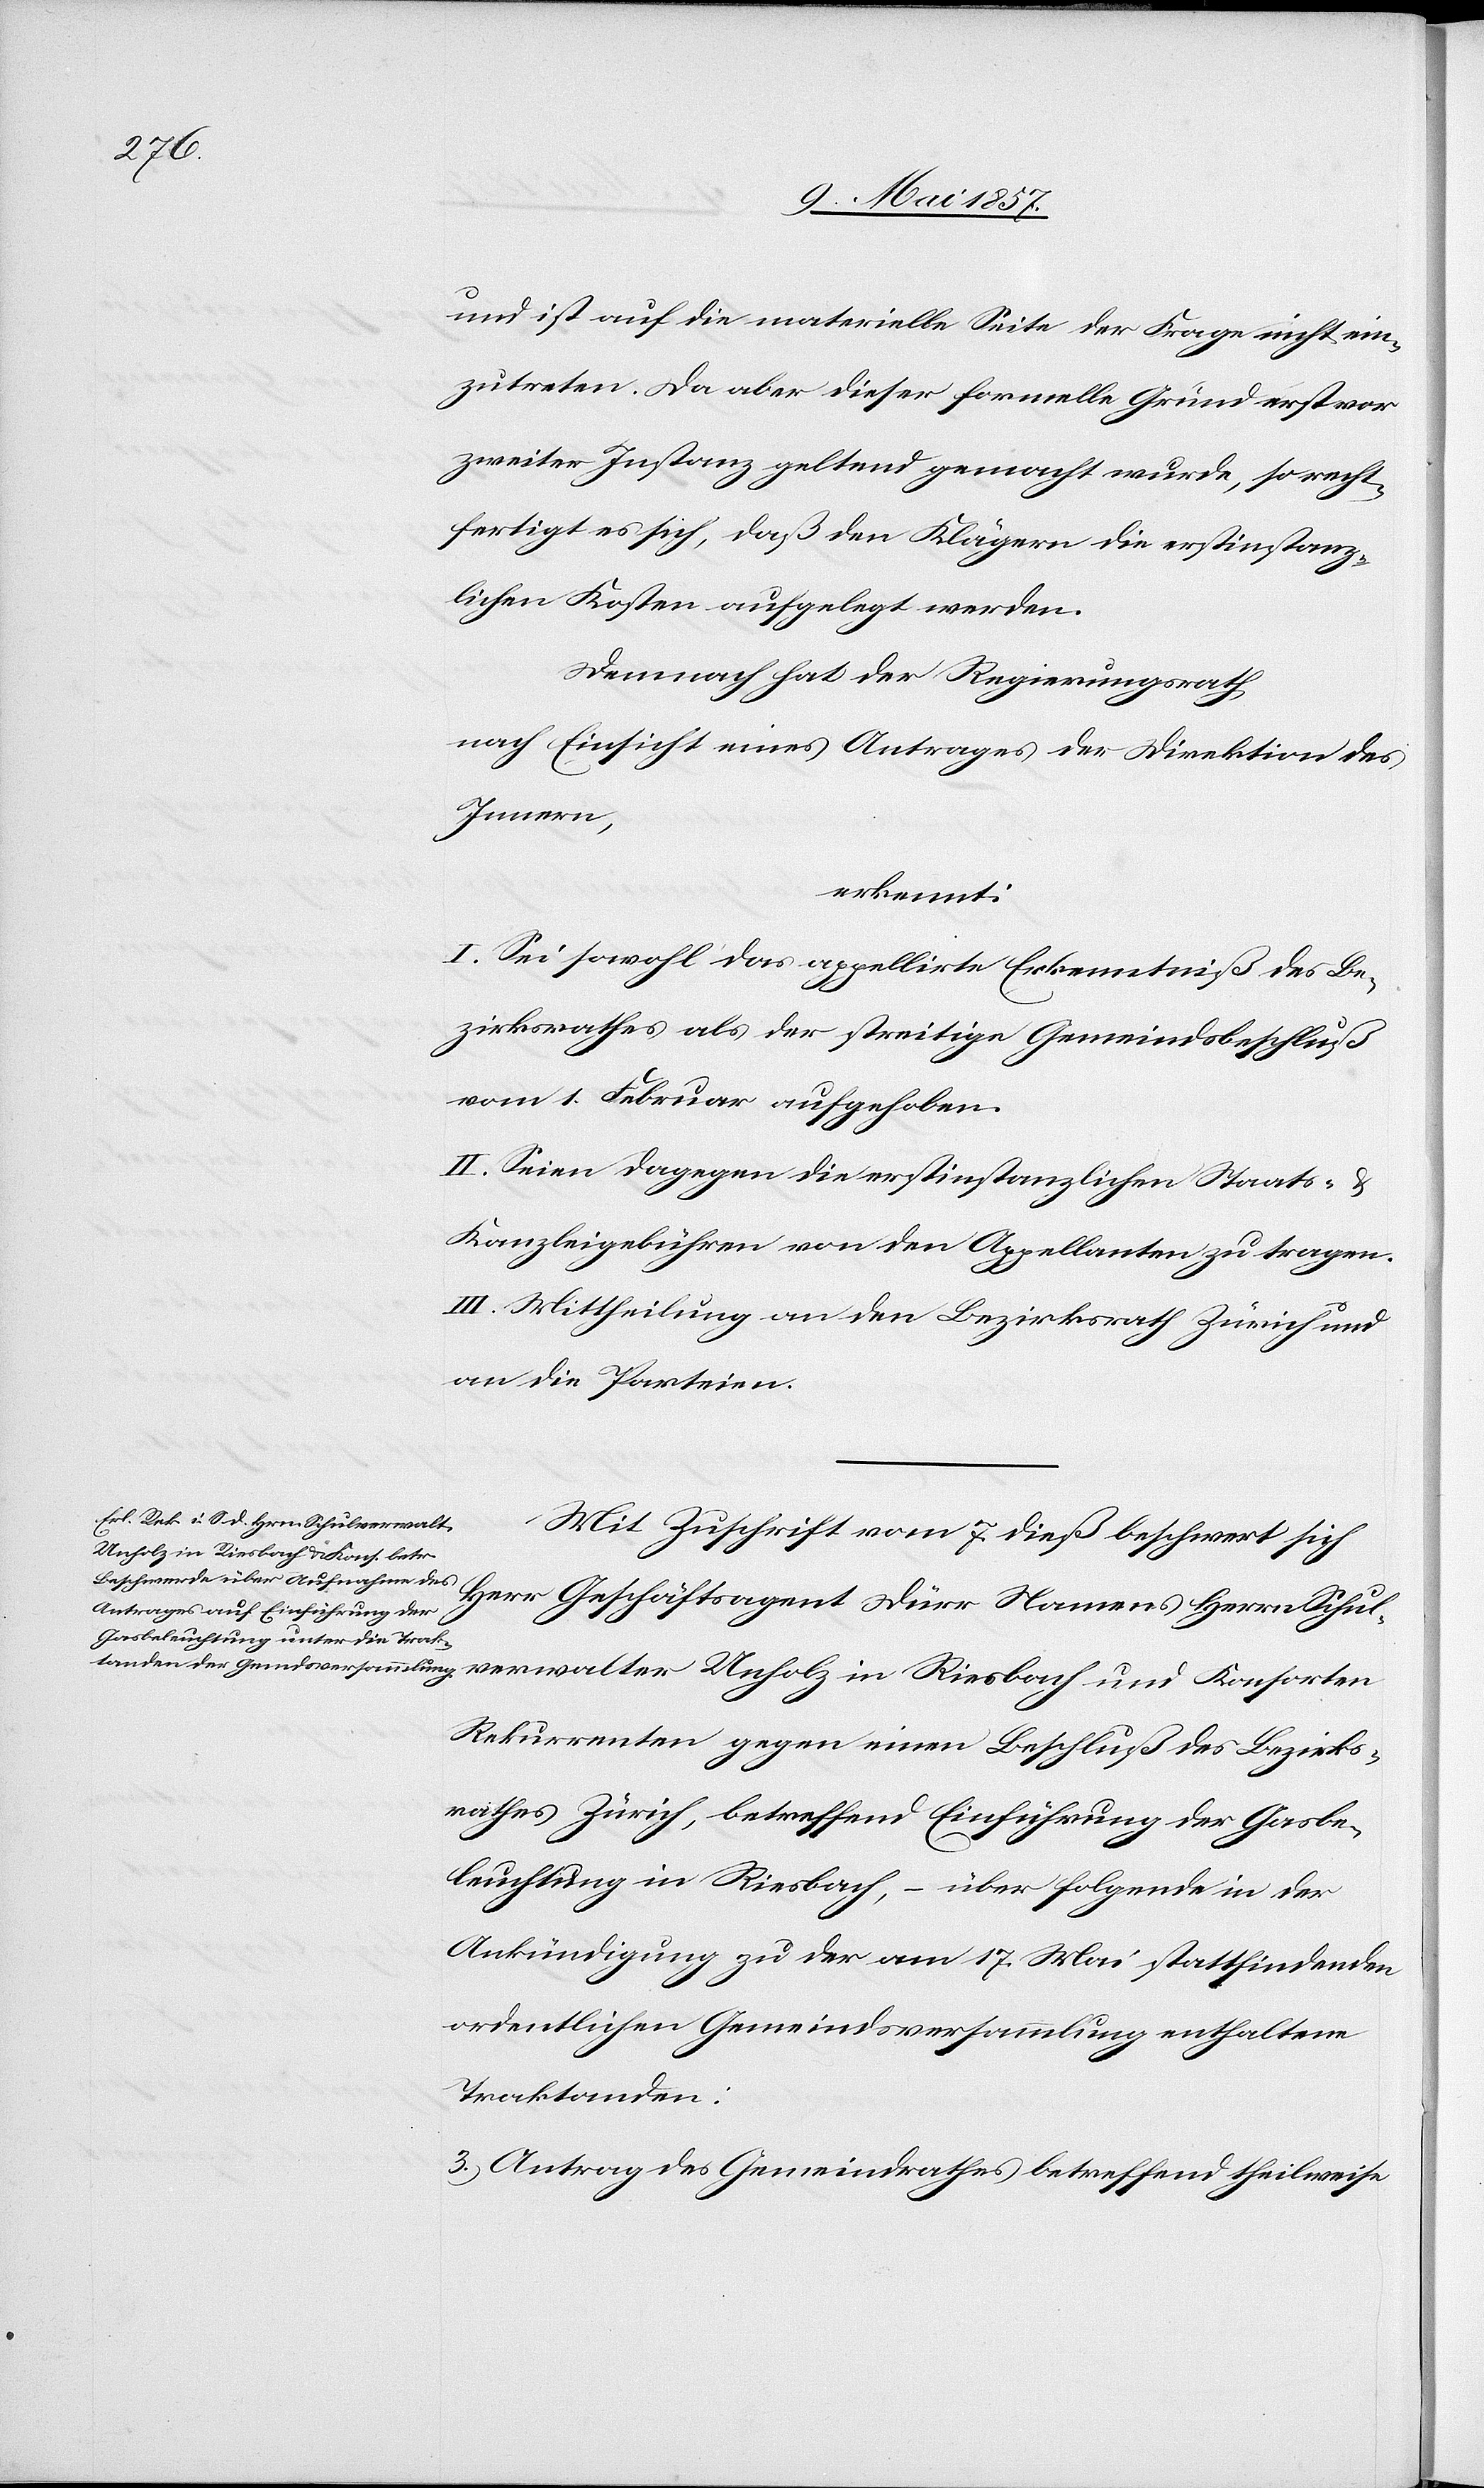
und ist auf die materielle Seite der Frage nicht ein¬
zutreten. Da aber dieser formelle Grund erst vor
zweiter Instanz geltend gemacht wurde, so recht¬
fertigt es sich, daß den Klägern die erstinstanz¬
lichen Kosten auferlegt werden.
Demnach hat der Regierungsrath,
nach Einsicht eines Antrages der Direktion des
Innern,
erkennt:
I. Sei sowohl das appellirte Erkenntniß des Be¬
zirksrathes als der streitige Gemeindsbeschluß
vom 1 Februar aufgehoben.
II. Seien dagegen die erstinstanzlichen Staats-
Kanzleigebühren von den Appellanten zu tragen.
III. Mittheilung an den Bezirksrath Zürich und
an die Parteien.
Mit Zuschrift vom 7 dieß beschwert sich
Herr Geschäftsagent Dürr Namens Herrn Schul¬
verwalter Unholz in Riesbach und Konsorten
Rekurrenten gegen einen Beschluß des Bezirks¬
rathes Zürich, betreffend Einführung der Gasbe¬
leuchtung in Riesbach, – über folgende in der
Ankündigung zu der am 17 Mai stattfindenden
ordentlichen Gemeindsversammlung enthalten
Traktanden:
3.) Antrag des Gemeindrathes betreffend theilweise